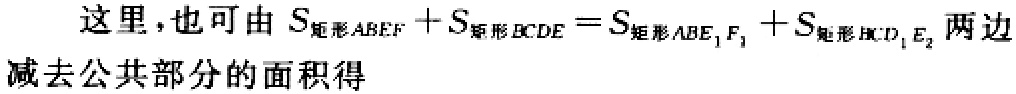
这里，也可由 \(S_{矩形ABEF}+S_{矩形BCDE}=S_{矩形ABE_{1}F_{1}}+S_{矩形BCD_{1}E_{2}}\) 两边减去公共部分的面积得